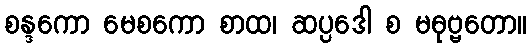
စန္ဒကော မေစကော စာထ၊ ဆပ္ပဒေါ စ မဓုဗ္ဗတော။